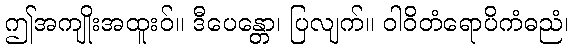
ဤအကျိုးအထူးဝ်။ ဒီပေန္တော၊ ပြလျက်။ ဝါဝိတံရောပိကံဓညံ၊